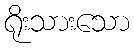
ရိုးသားသော